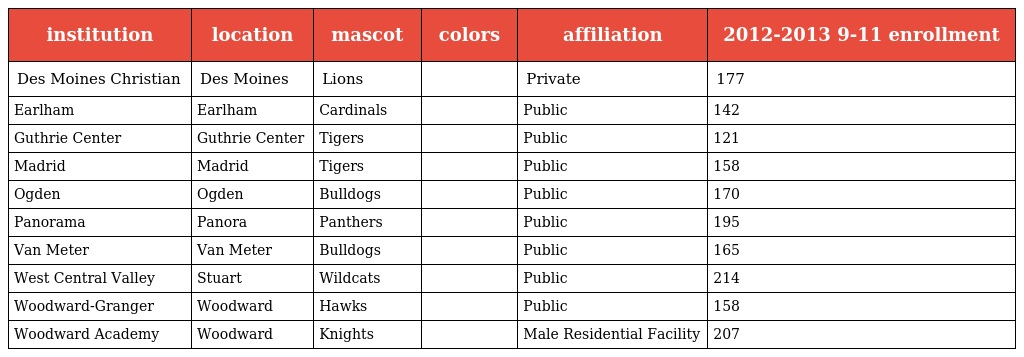
| institution | location | mascot | colors | affiliation | 2012-2013 9-11 enrollment |
 | --- | --- | --- | --- | --- | --- |
 | Des Moines Christian | Des Moines | Lions |  | Private | 177 |
 | Earlham | Earlham | Cardinals |  | Public | 142 |
 | Guthrie Center | Guthrie Center | Tigers |  | Public | 121 |
 | Madrid | Madrid | Tigers |  | Public | 158 |
 | Ogden | Ogden | Bulldogs |  | Public | 170 |
 | Panorama | Panora | Panthers |  | Public | 195 |
 | Van Meter | Van Meter | Bulldogs |  | Public | 165 |
 | West Central Valley | Stuart | Wildcats |  | Public | 214 |
 | Woodward-Granger | Woodward | Hawks |  | Public | 158 |
 | Woodward Academy | Woodward | Knights |  | Male Residential Facility | 207 |